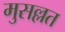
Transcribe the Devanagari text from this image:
मुसल्लत